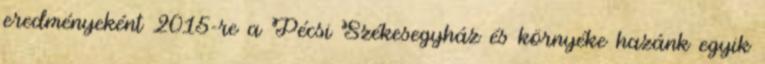
eredményeként 2015-re a Pécsi Székesegyház és környéke hazánk egyik